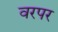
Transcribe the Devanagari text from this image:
वरपर